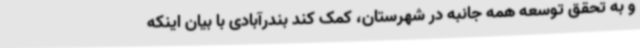
و به تحقق توسعه همه جانبه در شهرستان، کمک کند بندرآبادی با بیان اینکه